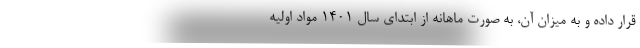
قرار داده و به میزان آن، به صورت ماهانه از ابتدای سال ۱۴۰۱ مواد اولیه